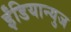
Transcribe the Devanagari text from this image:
ईंडियान्युज